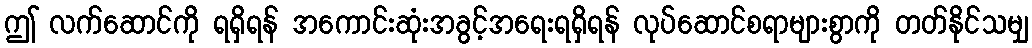
ဤ လက်ဆောင်ကို ရရှိရန် အကောင်းဆုံးအခွင့်အရေးရရှိရန် လုပ်ဆောင်စရာများစွာကို တတ်နိုင်သမျှ